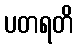
ပတရတိ